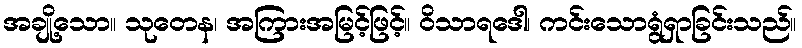
အချို့သော။ သုတေန၊ အကြားအမြင့်ဖြင့်။ ဝိသာရဒေါ၊ ကင်းသောရွံရှာခြင်းသည်။